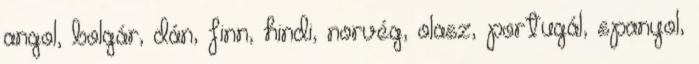
angol, bolgár, dán, finn, hindi, norvég, olasz, portugál, spanyol,